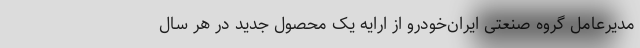
مدیرعامل گروه صنعتی ایران‌خودرو از ارایه یک محصول جدید در هر سال